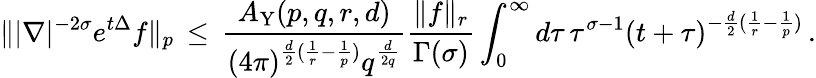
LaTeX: \| |\nabla|^{-2\sigma}e^{t\Delta}f\| _{p}\, \leq\, \frac{A_{\mathrm{Y}}(p,q,r,d)}{(4\pi)^{\frac{d}2(\frac 1r-\frac 1p)}q^{\frac{d}{2q}}}\frac{\| f\| _{r}}{\Gamma(\sigma)}\int_{0}^{\infty}d\tau\, \tau^{\sigma-1}(t+\tau)^{-\frac{d}2(\frac 1r-\frac 1p)}\, .